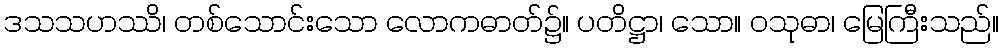
ဒသသဟဿိ၊ တစ်သောင်းသော လောကဓာတ်၌။ ပတိဋ္ဌာ၊ သော။ ဝသုဓာ၊ မြေကြီးသည်။